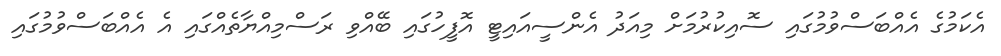
އެކަމުގެ އެއްބަސްވުމުގައި ސޮއިކުރުމަށް މިއަދު އެންސީއައިޓީ އޮފީހުގައި ބޭއްވި ރަސްމިއްޔާތެއްގައި އެ އެއްބަސްވުމުގައި